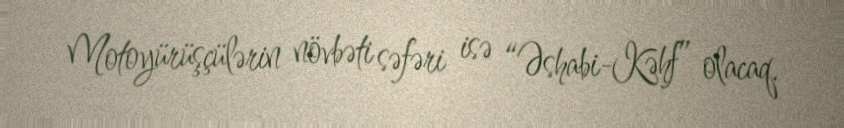
Motoyürüşçülərin növbəti səfəri isə “Əshabi-Kəhf” olacaq.